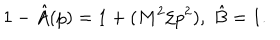
LaTeX: 1 - \hat { A } ( p ) = 1 + ( M ^ { 2 } / p ^ { 2 } ) , \; \hat { B } = 1 .